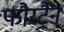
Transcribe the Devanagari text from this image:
फौरट्रैन